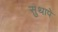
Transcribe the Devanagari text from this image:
सुथापे